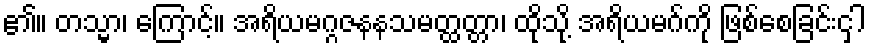
၏။ တသ္မာ၊ ကြောင့်။ အရိယမဂ္ဂဇနနသမတ္ထတ္တာ၊ ထိုသို့ အရိယမဂ်ကို ဖြစ်စေခြင်းငှါ